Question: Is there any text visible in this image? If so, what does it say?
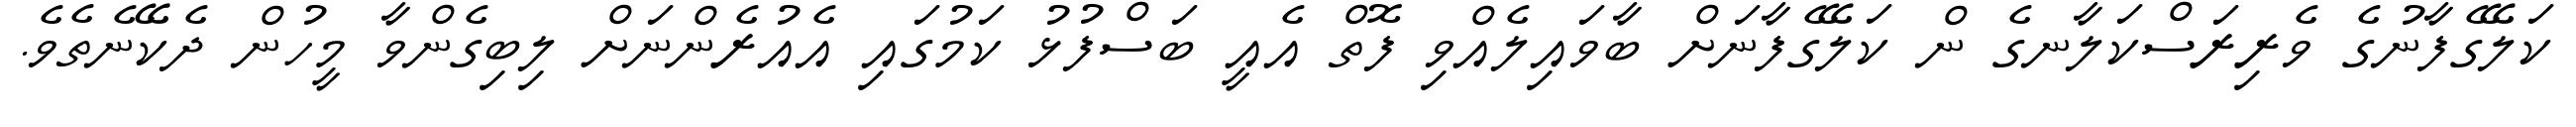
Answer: ކަލޭގެފާނުގެ ވެރިރަސްކަލާނގެ ން ކަލޭގެފާނަށް ބާވައިލެއްވި ފޮތް އެއީ ބަސްފުޅު ކަމުގައި އެއުރެންނަށް ލިބިގެންވާ މީހުން ދެކޭނެތެވެ.